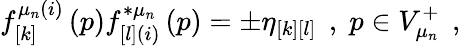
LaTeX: f_{\left[k\right]}^{\mu_{n}(i)}\left(p\right)f_{\left[l\right](i)}^{*\mu_{n}}\left(p\right)=\pm\eta_{\left[k\right]\left[l\right]}\; \, ,\; p\in V_{\mu_{n}}^{+}\; \, ,